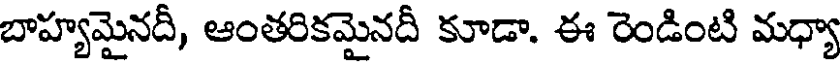
బాహ్యమైనదీ, ఆంతరికమైనదీ కూడా. ఈ రెండింటి మధ్యా